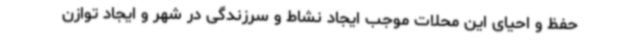
حفظ و احیای این محلات موجب ایجاد نشاط و سرزندگی در شهر و ایجاد توازن